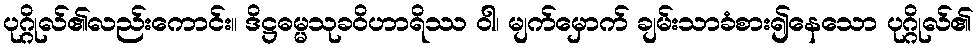
ပုဂ္ဂိုလ်၏လည်းကောင်း။ ဒိဋ္ဌဓမ္မသုခဝိဟာရိဿ ဝါ၊ မျက်မှောက် ချမ်းသာခံစား၍နေသော ပုဂ္ဂိုလ်၏